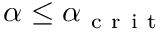
\alpha \leq \alpha _ { \mathrm { ~ c ~ r ~ i ~ t ~ } }